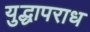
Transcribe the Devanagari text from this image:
युद्धापराध